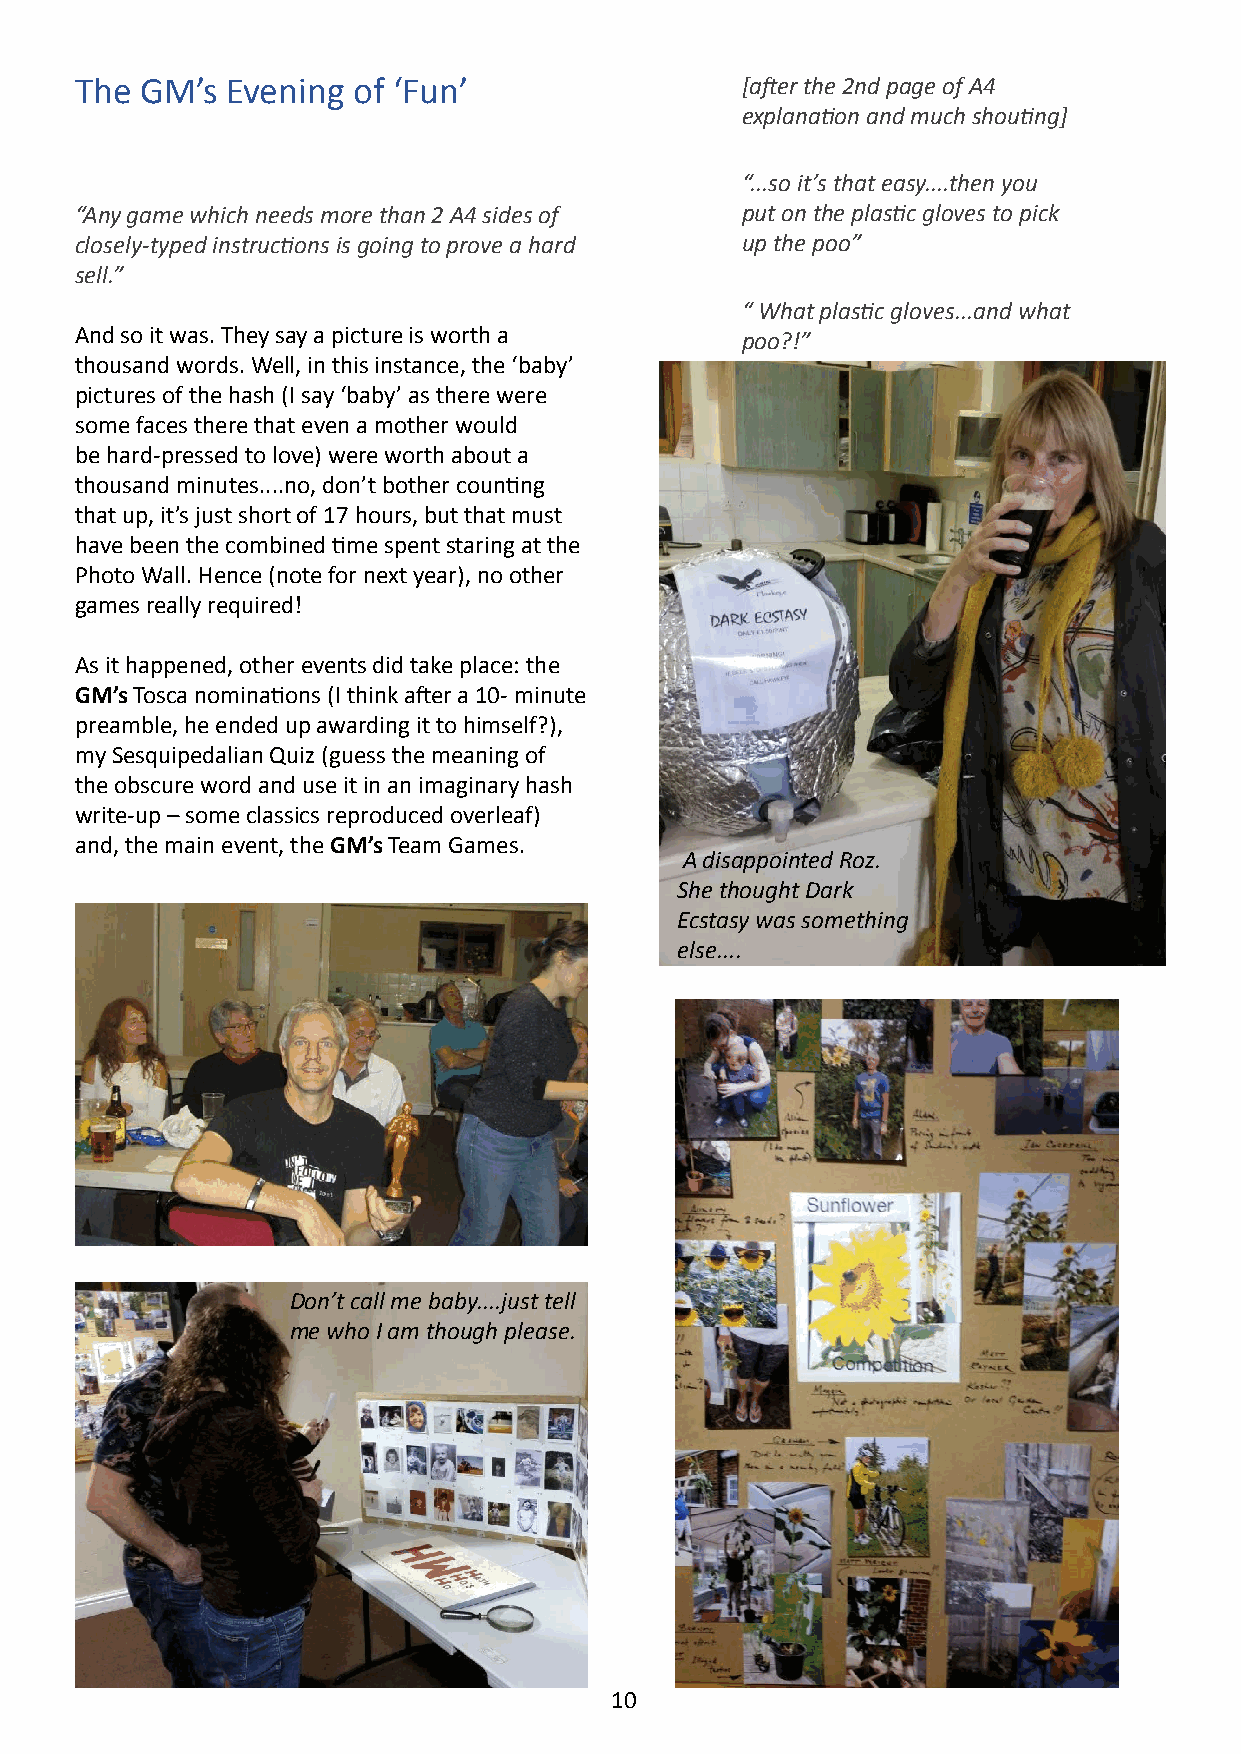
The GM’s  Evening of ‘Fun’                  [after the 2nd page of A4
 explanation and much shouting]
 “...so it’s that easy....then you
 “Any game which needs more than 2 A4 sides of put on the plastic gloves to pick
 closely-typed instructions is going to prove a hard up the poo”
 sell.”
 “ What plastic gloves...and what
 And so it was. They say a picture is worth a poo?!”
 thousand words. Well, in this instance, the ‘baby’
 pictures of the hash (I say ‘baby’ as there were
 “Oh, just use your imagination!”
 some faces there that even a mother would
 be hard-pressed to love) were worth about a
 thousand minutes....no, don’t bother counting
 that up, it’s just short of 17 hours, but that must
 have been the combined time spent staring at the
 Photo Wall. Hence (note for next year), no other
 games really required!
 As it happened, other events did take place: the
 GM’s Tosca nominations (I think after a 10- minute
 preamble, he ended up awarding it to himself?),
 my Sesquipedalian Quiz (guess the meaning of
 the obscure word and use it in an imaginary hash
 write-up – some classics reproduced overleaf)
 and, the main event, the GM’s Team Games.
 A disappointed Roz.
 She thought Dark
 Ecstasy was something
 else....
 Don’t call me baby....just tell
 me who I am though please.
 10